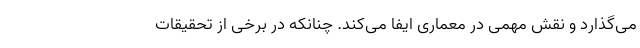
می‌گذارد و نقش مهمی در معماری ایفا می‌کند. چنانکه در برخی از تحقیقات